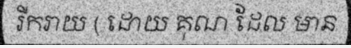
រីករាយ ( ដោយ គុណ ដែល មាន